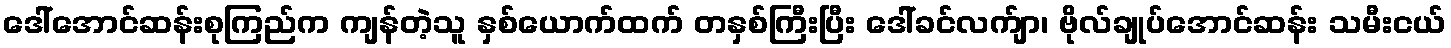
ဒေါ်အောင်ဆန်းစုကြည်က ကျန်တဲ့သူ နှစ်ယောက်ထက် တနှစ်ကြီးပြီး ဒေါ်ခင်လက်ျာ၊ ဗိုလ်ချုပ်အောင်ဆန်း သမီးငယ်